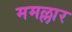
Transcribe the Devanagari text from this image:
ममल्लार